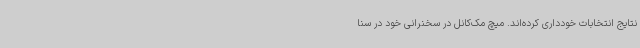
نتایج انتخابات خودداری کرده‌اند. میچ مک‌کانل در سخنرانی خود در سنا